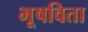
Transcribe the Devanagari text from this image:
भूषविता